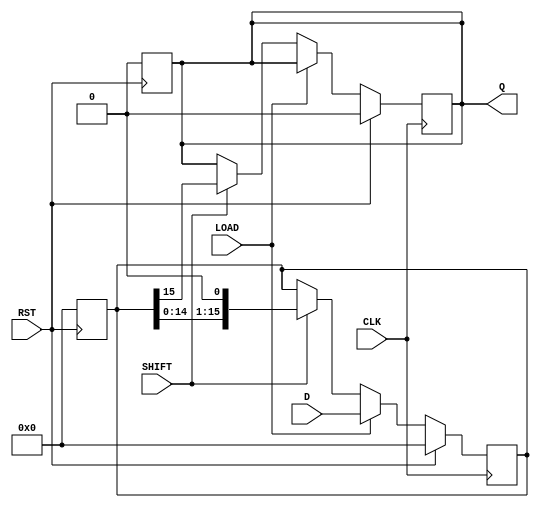
module PISO_Register (
    input wire [15:0] D,      // 16-bit parallel data input
    input wire LOAD,          // Load control signal
    input wire SHIFT,         // Shift control signal
    input wire CLK,           // Clock input
    input wire RST,           // Asynchronous reset
    output reg Q              // Serial output
);

    reg [15:0] shift_reg;     // 16-bit shift register

    // Asynchronous reset
    always @(posedge RST) begin
        shift_reg <= 16'b0;    // Clear the register
        Q <= 1'b0;             // Clear the output
    end

    // Main operation
    always @(posedge CLK) begin
        if (RST) begin
            shift_reg <= 16'b0; // Reset the shift register
            Q <= 1'b0;          // Reset the output
        end else if (LOAD) begin
            shift_reg <= D;     // Load data into the shift register
        end else if (SHIFT) begin
            Q <= shift_reg[15]; // Output the MSB
            shift_reg <= {shift_reg[14:0], 1'b0}; // Shift right
        end
    end

endmodule